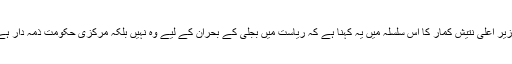
وزیر اعلیٰ نتیش کمار کا اس سلسلہ میں یہ کہنا ہے کہ ریاست میں بجلی کے بحران کے لیے وہ نہیں بلکہ مرکزی حکومت ذمہ دار ہے۔